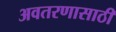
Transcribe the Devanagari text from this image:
अवतरणासाठी